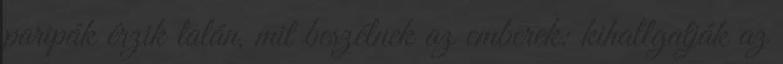
paripák érzik talán, mit beszélnek az emberek: kihallgatják az